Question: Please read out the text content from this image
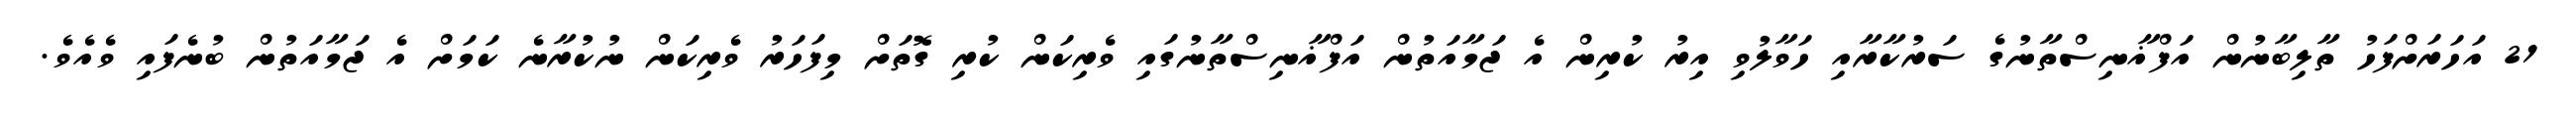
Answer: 21 އަހަރަށްފަހު ތާލިބާނުން އަފްޣާނިސްތާނުގެ ސަރުކާރާއި ހަވާލުވި އިރު ކުރިން އެ ޖަމާއަތުން އަފްޣާނިސްތާނުގައި ވެރިކަން ކުރި ގޮތަށް މިފަހަރު ވެރިކަން ނުކުރާނެ ކަމަށް އެ ޖަމާއަތުން ބުނެފައި ވެއެވެ.